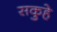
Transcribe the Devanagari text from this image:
सकुहे